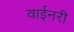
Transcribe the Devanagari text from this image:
वाईनरी